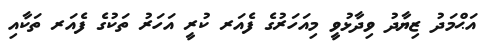
އަޙްމަދު ޒިޔާދު ވިދާޅުވީ މިއަހަރުގެ ފެއަރ ކުރީ އަހަރު ތަކުގެ ފެއަރ ތަކާއި